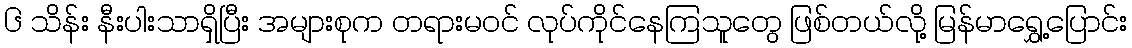
၆ သိန်း နီးပါးသာရှိပြီး အများစုက တရားမဝင် လုပ်ကိုင်နေကြသူတွေ ဖြစ်တယ်လို့ မြန်မာရွှေ့ပြောင်း